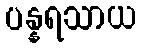
ပန္နရသာယ